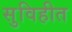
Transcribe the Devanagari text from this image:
सुविहीत